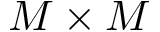
M \times M